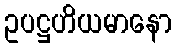
ဥပဋ္ဌဟိယမာနော